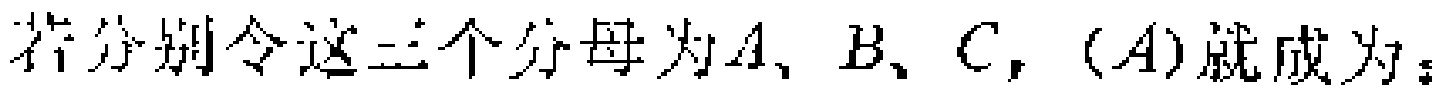
若分别令这三个分母为\(A、B、C\)，\((A)\)就成为：